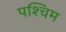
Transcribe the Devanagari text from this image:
पश्चिम